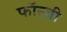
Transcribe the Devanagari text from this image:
फॉन्ज़ी